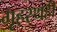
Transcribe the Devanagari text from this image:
गृहस्थही